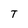
Character: T